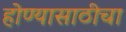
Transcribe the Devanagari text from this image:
होण्यासाठीचा